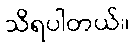
သိရပါတယ်။